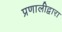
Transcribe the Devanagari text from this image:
प्रणालीद्वारा